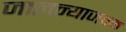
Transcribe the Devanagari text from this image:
जालन्याजवळ